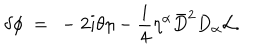
\delta \phi \ = \ - 2 i \theta \eta - { \frac { i } { 4 } } \eta ^ { \alpha } { \bar { D } } ^ { 2 } D _ { \alpha } { \cal L } .